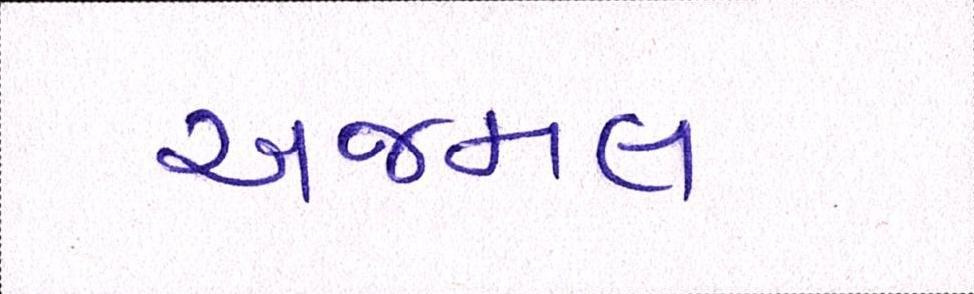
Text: અજમલ